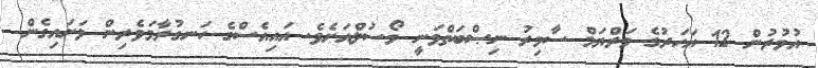
އުމުރުން 12 އަހަރުގެ މަރްޔަމް ސާމިރު ނިޞްބަތްވަނީ މޯސުލްއަށެވެ. އައިއެސްގެ ހަނގުރާމަވެރިން ވަށައިގެން